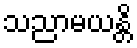
သညာမယန္တိ